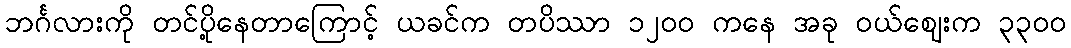
ဘင်္ဂလားကို တင်ပို့နေတာကြောင့် ယခင်က တပိဿာ ၁၂၀၀ ကနေ အခု ဝယ်ဈေးက ၃၃၀၀